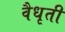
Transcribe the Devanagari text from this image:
वैधृती